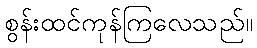
စွန်းထင်ကုန်ကြလေသည်။